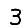
Digit: 3